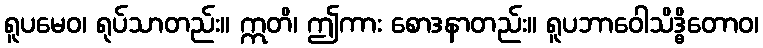
ရူပမေဝ၊ ရုပ်သာတည်း။ ဣတိ၊ ဤကား စောဒနာတည်း။ ရူပဘာဝေါသိဒ္ဓိတောဝ၊